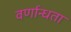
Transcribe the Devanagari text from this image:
वर्णान्धता